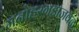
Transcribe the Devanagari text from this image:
मनोहरगडाजवळ